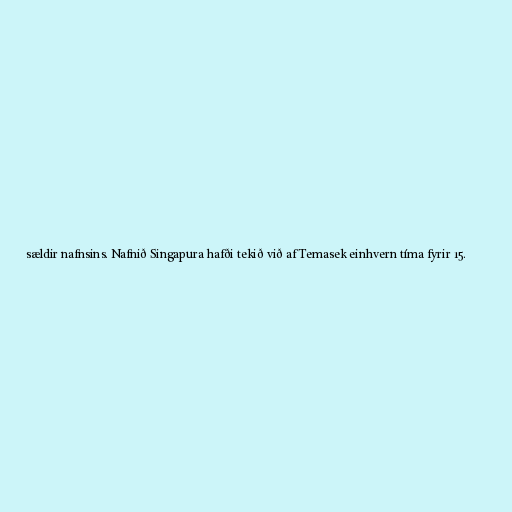
sældir nafnsins. Nafnið Singapura hafði tekið við af Temasek einhvern tíma fyrir 15.